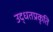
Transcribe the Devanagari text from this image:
उद्धतप्रकृति